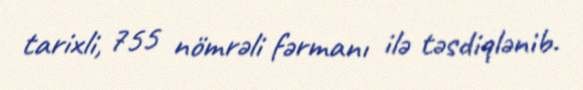
tarixli, 755 nömrəli fərmanı ilə təsdiqlənib.